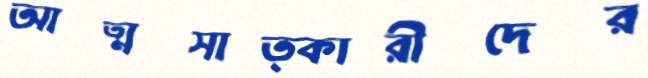
আত্মসাত্কারীদের